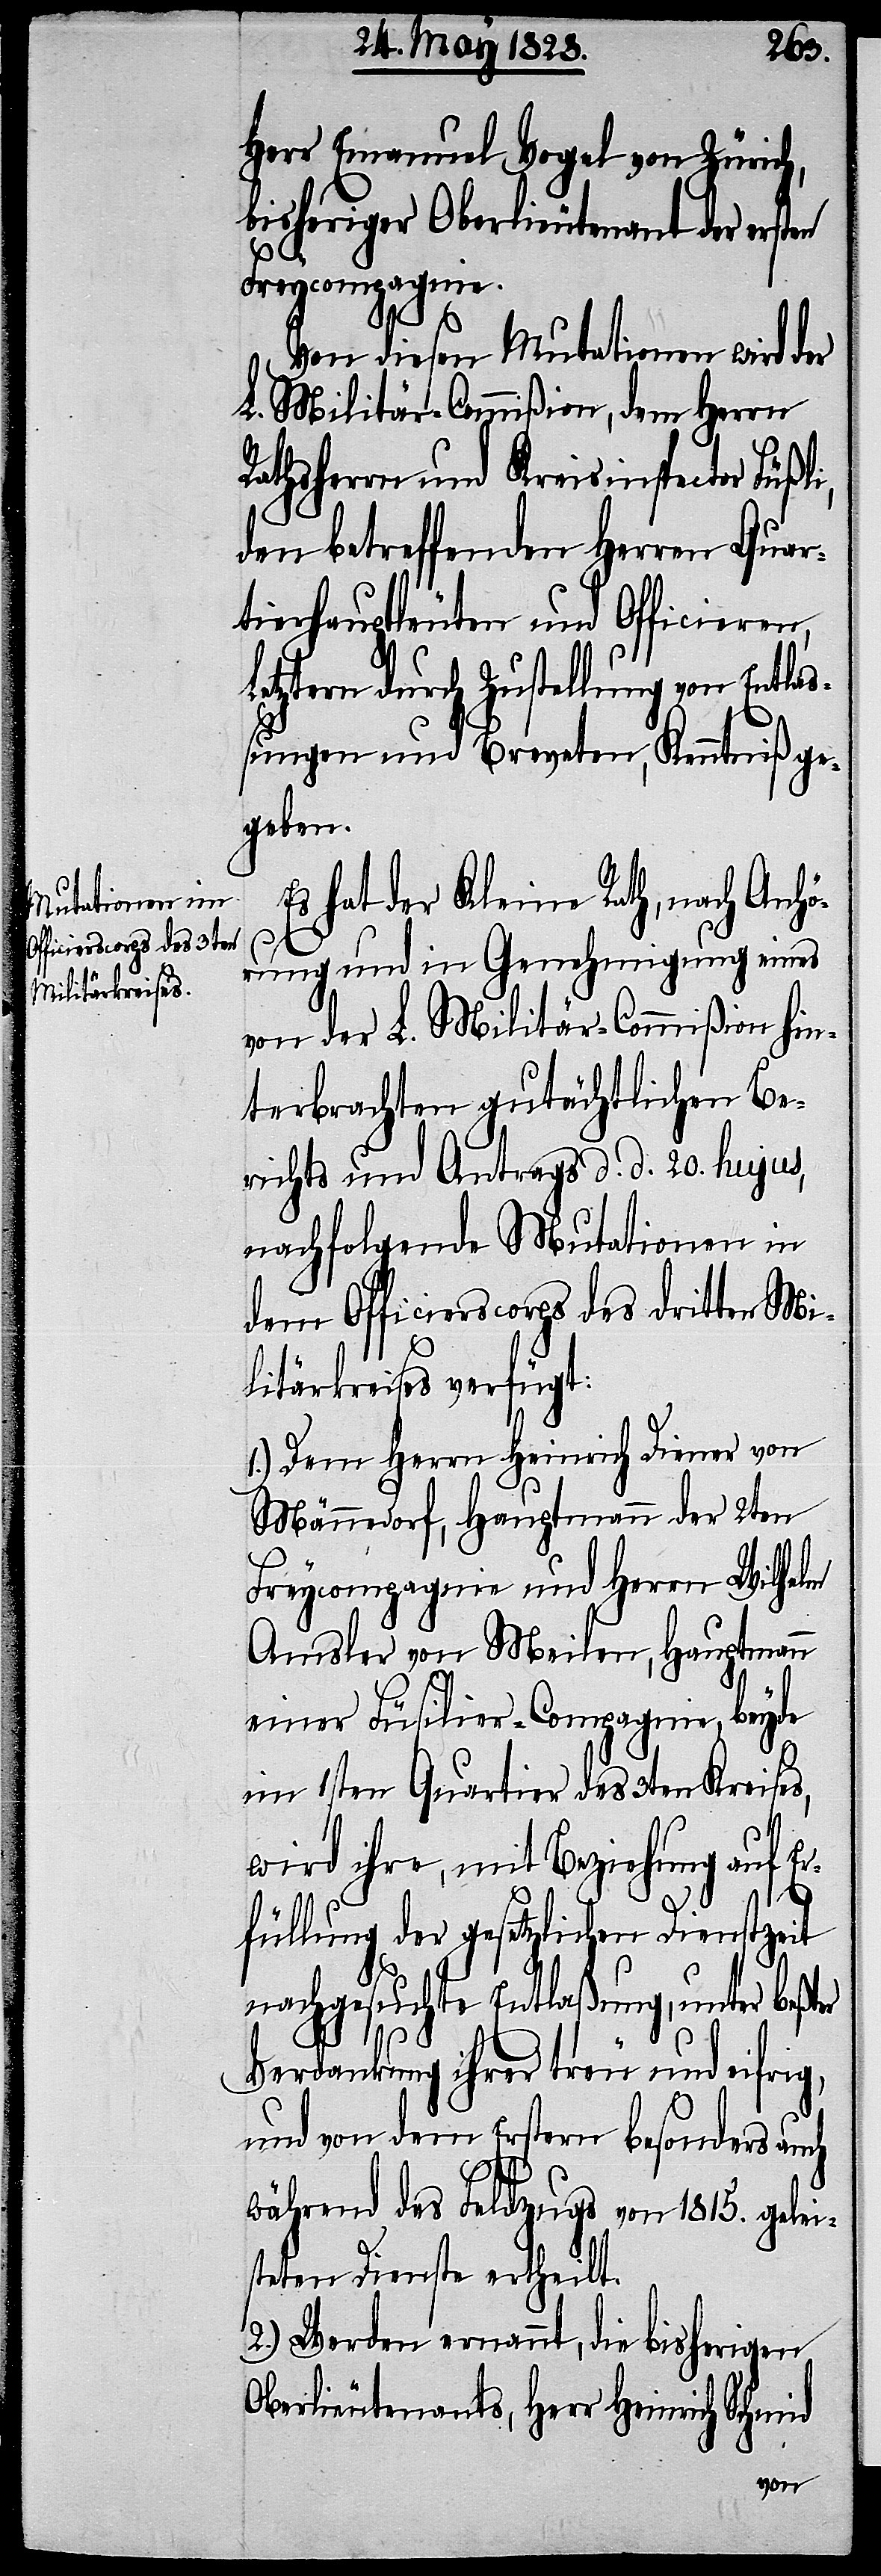
Herr Emanuel Vogel von Zürich,
bisheriger Oberlieutenant der ersten
Freycompagnie.
Von diesen Mutationen wird der
L. Militär-Commißion, dem Herrn
Rathsherrn und Kreisinspector Füßli,
den betreffenden Herren Quar¬
tierhauptleuten und Officieren,
Letztern durch Zustellung von Entla¬
ßungen und Breveten, Kenntniß ge¬
geben.
Es hat der Kleine Rath, nach Anhö¬
rung und in Genehmigung eines
von der L. Militär-Commißion hin¬
terbrachten gutächtlichen Be¬
richts und Antrags d. d. 20. hujus,
nachfolgende Mutationen in
dem Officierscorps des dritten Mi¬
litärkreises verfügt:
1.) Dem Herrn Heinrich Diener von
Männedorf, Hauptmann der 2ten
Freycompagnie und Herrn Wilhelm
Amsler von Meilen, Hauptmann
einer Füsilier-Compagnie, beyde
im 1sten Quartier des 3ten Kreises,
wird ihre, mit Beziehung auf Er¬
füllung der gesetzlichen Dienstzeit
nachgesuchte Entlaßung, unter beßter
Verdankung ihrer treu und eifrig,
und von dem Erstern besonders auch
während des Feldzugs von 1815. gelei¬
steten Dienste ertheilt.
2.) Werden ernannt, die bisherigen
Oberlieutenants, Herr Heinrich Schmid